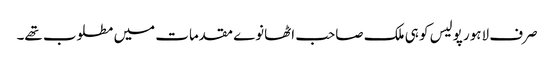
صرف لاہور پولیس کو ہی ملک صاحب اٹھانوے مقدمات میں مطلوب تھے۔